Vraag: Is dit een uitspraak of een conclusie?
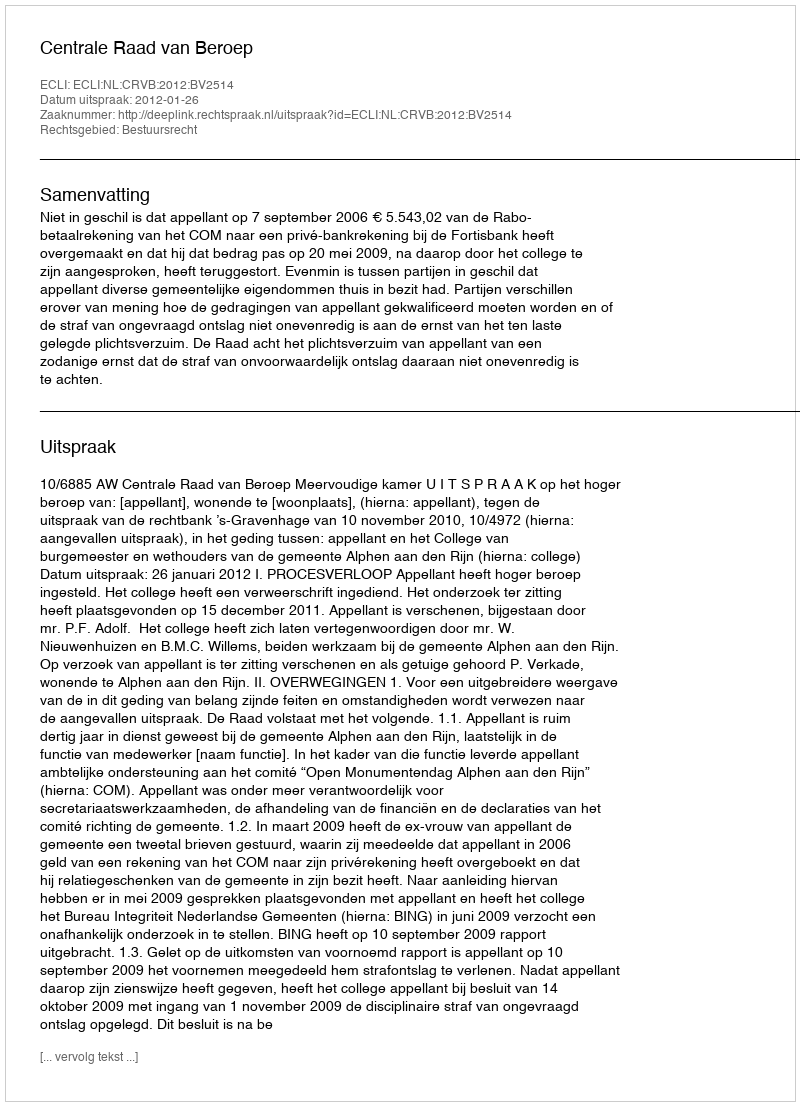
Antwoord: Uitspraak